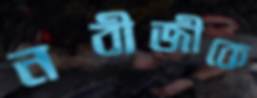
নবীজীকে